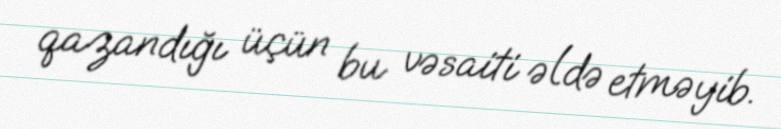
qazandığı üçün bu vəsaiti əldə etməyib.